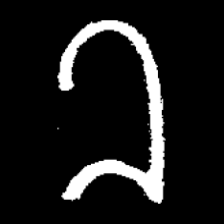
Pyu character \u2014 Myanmar letter: ခ (romanized: kha)